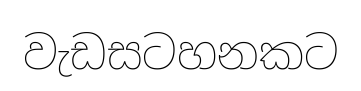
වැඩසටහනකට